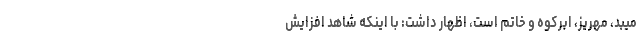
میبد، مهریز، ابرکوه و خاتم است، اظهار داشت: با اینکه شاهد افزایش